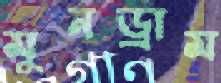
মুনড্রাম